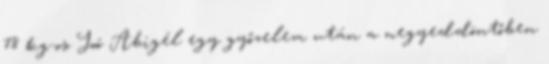
78 kg-os Joó Abigél egy győzelem után a negyeddöntőben